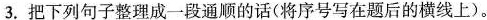
3.把下列句子整理成一段通顺的话(将序号写在题后的横线上)。